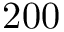
2 0 0